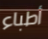
أطباء